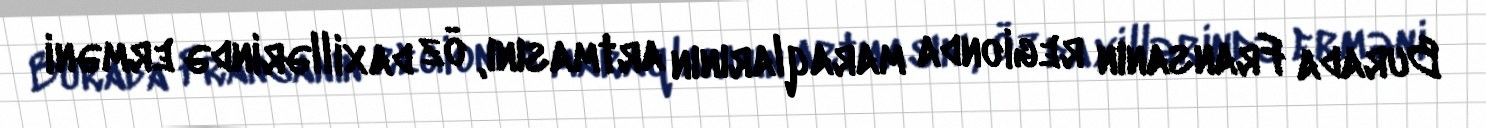
Burada Fransanın regionda maraqlarının artmasını, öz daxillərində erməni